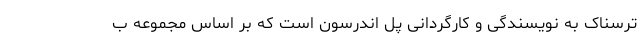
ترسناک به نویسندگی و کارگردانی پل اندرسون است که بر اساس مجموعه ب